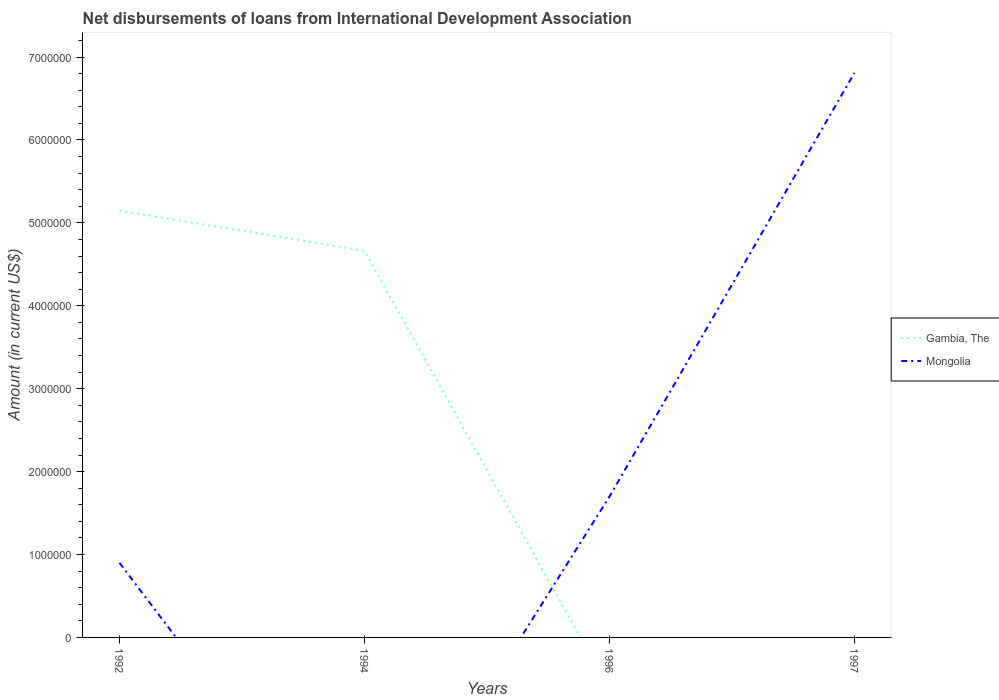
| Years | Gambia, The | Mongolia |
 | --- | --- | --- |
 | 1992 | 5.15e+06 | 9e+05 |
 | 1994 | 4.66e+06 | -3e+06 |
 | 1996 | -6.27e+05 | 1.7e+06 |
 | 1997 | -9.7e+04 | 6.81e+06 |